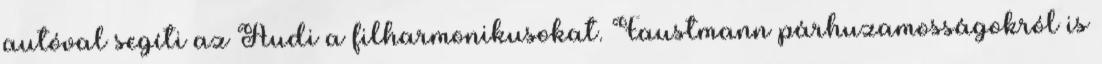
autóval segíti az Audi a filharmonikusokat. Faustmann párhuzamosságokról is